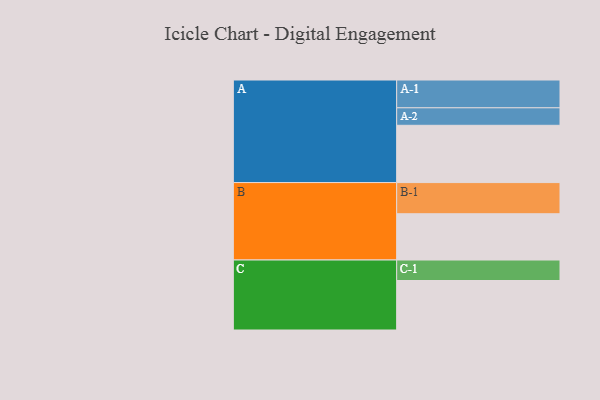
{"axis": {"x": "Segment", "y": "Value"}, "legend": ["", "A", "B", "C"], "data": [{"x": "A", "y": 478, "type": ""}, {"x": "B", "y": 386, "type": ""}, {"x": "C", "y": 413, "type": ""}, {"x": "A-1", "y": 232, "type": "A"}, {"x": "A-2", "y": 146, "type": "A"}, {"x": "B-1", "y": 260, "type": "B"}, {"x": "C-1", "y": 171, "type": "C"}]}